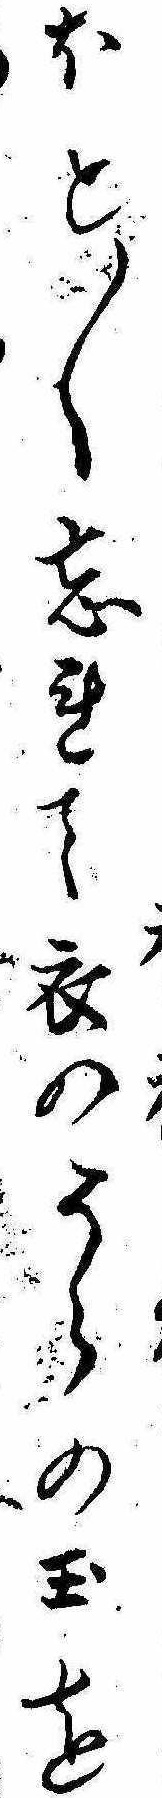
ほと〱忘れて衣のうらの玉を